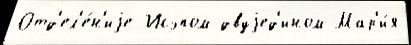
Отд'ел'е́н'иjе Исэпом двуjед'ином Мар'и́я